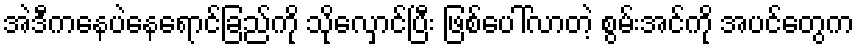
အဲဒီကနေပဲနေရောင်ခြည်ကို သိုလှောင်ပြီး ဖြစ်ပေါ်လာတဲ့ စွမ်းအင်ကို အပင်တွေက